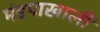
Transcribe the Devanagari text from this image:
मंडपाखाली